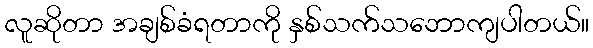
လူဆိုတာ အချစ်ခံရတာကို နှစ်သက်သဘောကျပါတယ်။